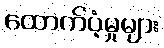
ထောက်ပံ့မှုများ